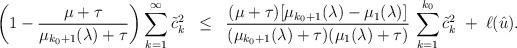
LaTeX: \begin{align*}\left( 1 - \frac{\mu+\tau}{ \mu_{k_0+1}(\lambda) + \tau} \right) \sum_{k=1}^\infty \tilde{c}_k^2 \; \; \leq \; \; \frac{ (\mu+\tau)[ \mu_{k_0+1}(\lambda) - \mu_1(\lambda) ] }{ (\mu_{k_0+1}(\lambda) + \tau)(\mu_1(\lambda) + \tau) } \, \sum_{k=1}^{k_0} \tilde{c}_k^2 \; + \; \ell(\hat{u}).\end{align*}